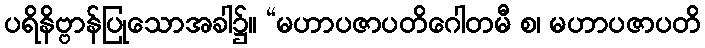
ပရိနိဗ္ဗာန်ပြုသောအခါ၌။ “မဟာပဇာပတိဂေါတမီ စ၊ မဟာပဇာပတိ